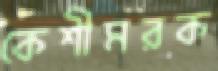
কেশীমরক